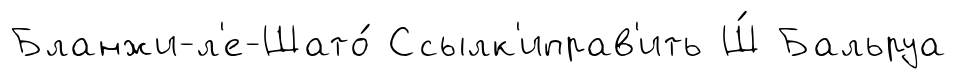
Бланжи-л'е-Шато́ Ссылк'иправ'ить Ш́ Бальруа